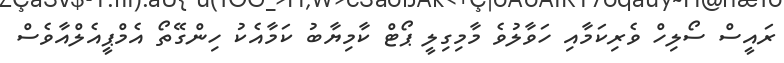
ރައީސް ސޯލިހް ވެެރިކަމާއި ހަވާލުވެ މާމިގިލީ ޕޯޓް ކާމިޔާބު ކަމާއެކު ހިންގޭތޯ އެމްޕީއެލްއާވެސް